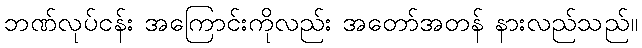
ဘဏ်လုပ်ငန်း အကြောင်းကိုလည်း အတော်အတန် နားလည်သည်။